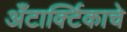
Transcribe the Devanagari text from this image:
अँटार्क्टिकाचे